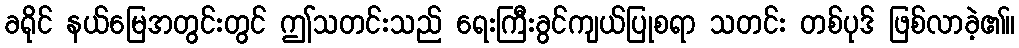
ခရိုင် နယ်မြေအတွင်းတွင် ဤသတင်းသည် ရေးကြီးခွင်ကျယ်ပြုစရာ သတင်း တစ်ပုဒ် ဖြစ်လာခဲ့၏။